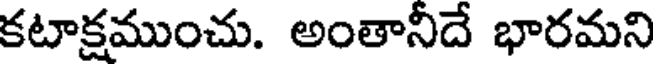
కటాక్షముంచు. అంతానీదే భారమని